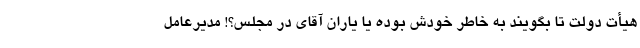
هیأت دولت تا بگویند به خاطر خودش بوده یا یاران آقای در مجلس؟! مدیرعامل